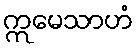
ဣမေသာဟံ